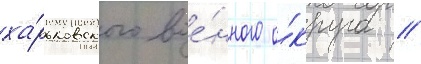
ха́рьковского вое́нного о́круга //